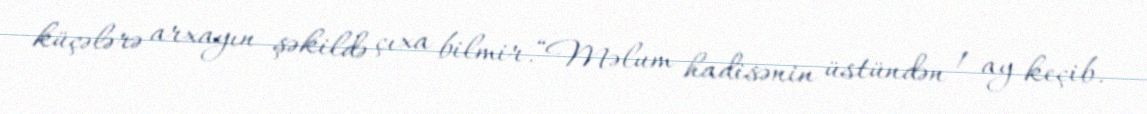
küçələrə arxayın şəkildə çıxa bilmir.“Məlum hadisənin üstündən 1 ay keçib.